Annual report of the Punjab Veterinary College and of the Civil Veterinary Department, Punjab - 1920-1925
Year: 1920
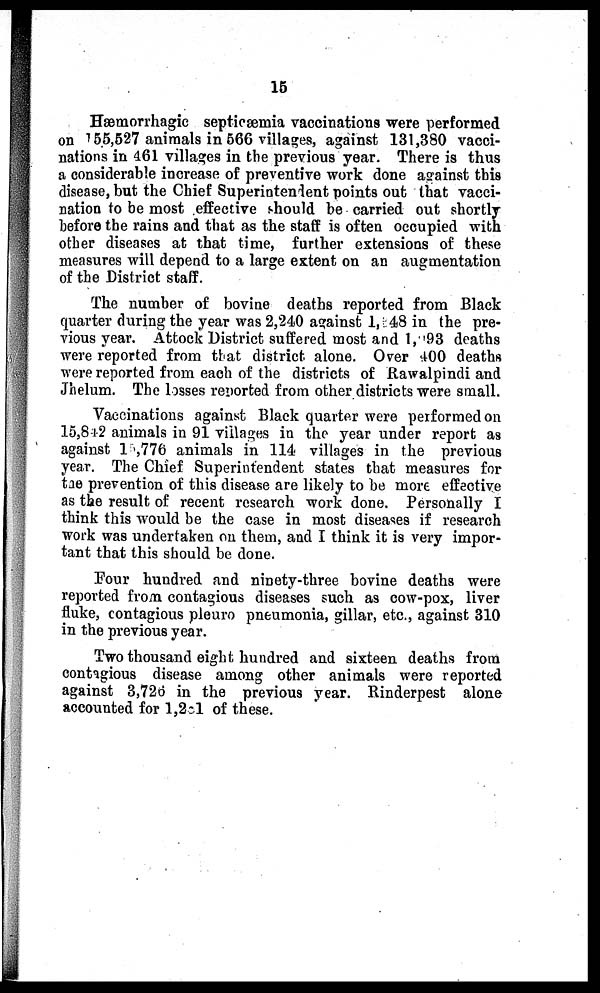
15
Hæmorrhagic septicæmia vaccinations were performed
on 155,527 animals in 566 villages, against 131,380 vacci-
nations in 461 villages in the previous year. There is thus
a considerable increase of preventive work done against this
disease, but the Chief Superintendent points out that vacci-
nation to be most effective should be carried out shortly
before the rains and that as the staff is often occupied with
other diseases at that time, further extensions of these
measures will depend to a large extent on an augmentation
of the District staff.
The number of bovine deaths reported from Black
quarter during the year was 2,240 against 1,348 in the pre-
vious year. Attock District suffered most and 1,993 deaths
were reported from that district alone. Over 400 deaths
were reported from each of the districts of Rawalpindi and
Jhelum. The losses reported from other districts were small.
Vaccinations against Black quarter were performed on
15,842 animals in 91 villages in the year under report as
against 15,776 animals in 114 villages in the previous
year. The Chief Superintendent states that measures for
tae prevention of this disease are likely to be more effective
as the result of recent research work done. Personally I
think this would be the case in most diseases if research
work was undertaken on them, and I think it is very impor-
tant that this should be done.
Four hundred and ninety-three bovine deaths were
reported from contagious diseases such as cow-pox, liver
fluke, contagious pleuro pneumonia, gillar, etc., against 310
in the previous year.
Two thousand eight hundred and sixteen deaths from
contagious disease among other animals were reported
against 3,726 in the previous year. Rinderpest alone
accounted for 1,201 of these.